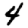
Digit: 4